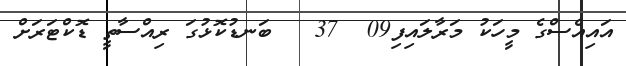
އައިއެސްގެ މީހަކު މަރާލައިފި09  37   ބަނޑުކޮޅުގަ ރިއްސާތީ ޑޮކްޓަރަށް